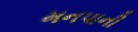
મનપાની